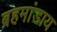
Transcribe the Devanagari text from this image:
ब्रहमांडाय